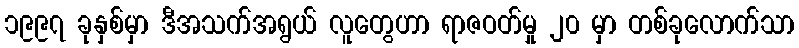
၁၉၉၇ ခုနှစ်မှာ ဒီအသက်အရွယ် လူတွေဟာ ရာဇဝတ်မှု ၂၀ မှာ တစ်ခုလောက်သာ